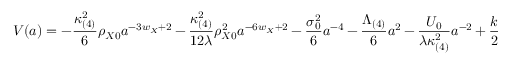
V ( a ) = - \frac { \kappa _ { ( 4 ) } ^ { 2 } } { 6 } \rho _ { X 0 } a ^ { - 3 w _ { X } + 2 } - \frac { \kappa _ { ( 4 ) } ^ { 2 } } { 1 2 \lambda } \rho _ { X 0 } ^ { 2 } a ^ { - 6 w _ { X } + 2 } - \frac { \sigma _ { 0 } ^ { 2 } } { 6 } a ^ { - 4 } - \frac { \Lambda _ { ( 4 ) } } { 6 } a ^ { 2 } - \frac { { \cal U } _ { 0 } } { \lambda \kappa _ { ( 4 ) } ^ { 2 } } a ^ { - 2 } + \frac { k } { 2 }